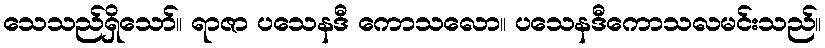
သေသည်ရှိသော်။ ရာဇာ ပသေနဒီ ကောသလော။ ပသေနဒီကောသလမင်းသည်။